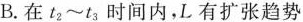
B.在$$t_{1}\sim t_{3}$$时间内，L有扩张趋势